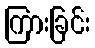
ကြားခြင်း